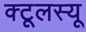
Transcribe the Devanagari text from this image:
क्टूलस्यू